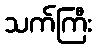
သက်ကြီး